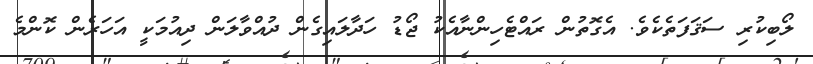
ލޯބިކުރި ސަޤަފަތެކެވެ. އެގޮތުން ރައްޓެހިންނާއެކު ޖޯޑު ހަދާލައިގެން ދުއްވާލަން ދިއުމަކީ އަހަރެން ކޮންމެ